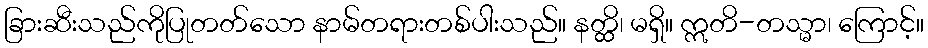
ခြားဆီးသည်ကိုပြုတတ်သော နာမ်တရားတစ်ပါးသည်။ နတ္ထိ၊ မရှိ။ ဣတိ-တသ္မာ၊ ကြောင့်။